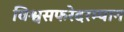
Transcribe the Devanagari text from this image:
विश्वसफरेदरम्यान